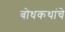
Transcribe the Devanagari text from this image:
बोधकथांचे